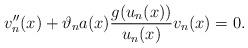
LaTeX: \begin{align*}v''_{n}(x)+ \vartheta_{n}a(x)\dfrac{g(u_{n}(x))}{u_{n}(x)}v_{n}(x)=0.\end{align*}